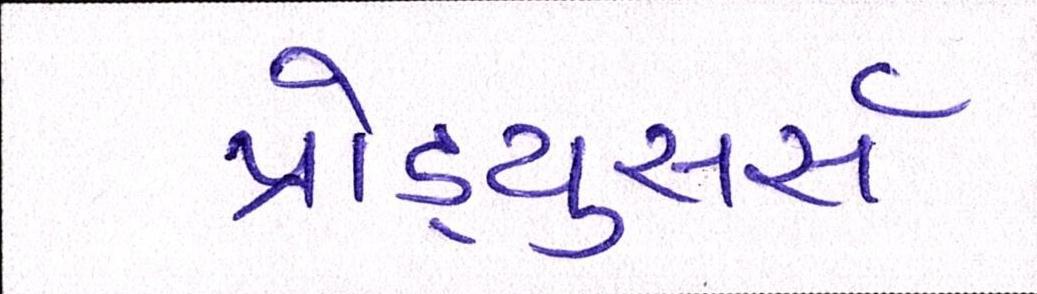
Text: પ્રોડ્યુસર્સ